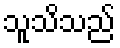
သူသိသည်